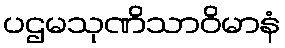
ပဌမသုဏိသာဝိမာနံ